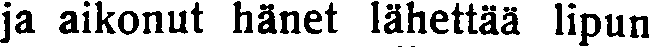
ja aikonut hänet lähettää lipun